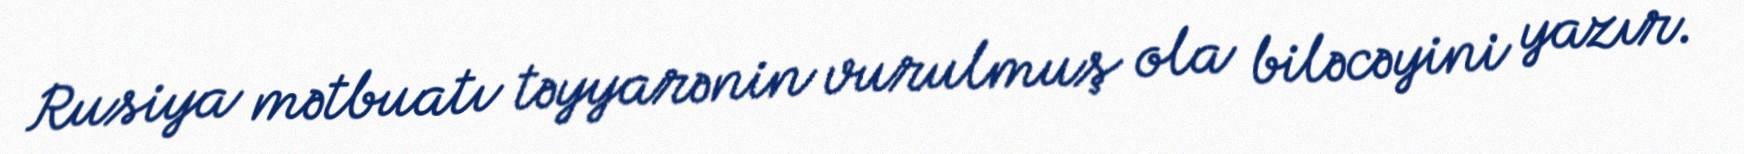
Rusiya mətbuatı təyyarənin vurulmuş ola biləcəyini yazır.